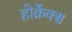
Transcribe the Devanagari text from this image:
होर्क्रेक्स